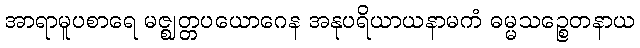
အာရာမူပစာရေ မဇ္ဈတ္တပယောဂေန အနုပရိယာယနာမကံ ဓမ္မသဉ္စေတနာယ